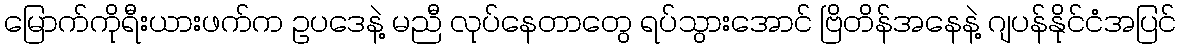
မြောက်ကိုရီးယားဖက်က ဥပဒေနဲ့ မညီ လုပ်နေတာတွေ ရပ်သွားအောင် ဗြိတိန်အနေနဲ့ ဂျပန်နိုင်ငံအပြင်